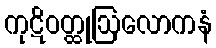
ကုဋိဝတ္ထုဩလောကနံ